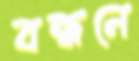
বন্ধনে